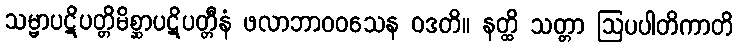
သမ္မာပဋိပတ္တိမိစ္ဆာပဋိပတ္တီနံ ဖလာဘာဝဝသေန ဝဒတိ။ နတ္ထိ သတ္တာ ဩပပါတိကာတိ